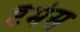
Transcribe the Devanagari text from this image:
टैमंस